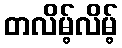
တလိမ့်လိမ့်